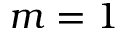
m = 1